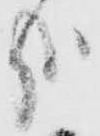
哉